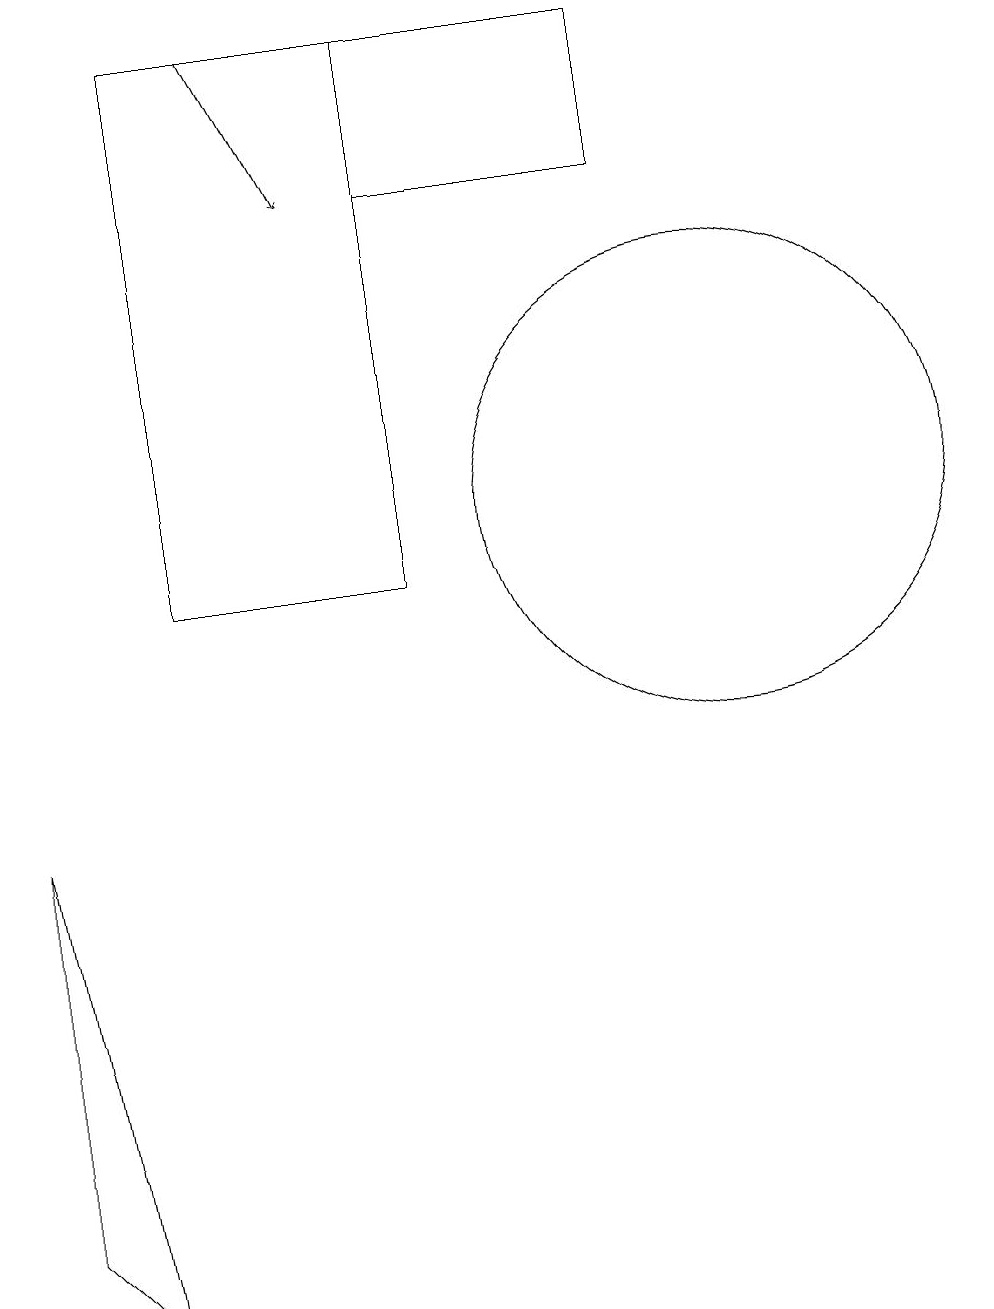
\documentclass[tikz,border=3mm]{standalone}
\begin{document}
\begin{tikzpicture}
\draw (9,17) rectangle (6,15);
\draw[->] (4,17) -- (5,15);
\draw (3,17) rectangle (6,10);
\draw (10,11) circle (3);
\draw (1,2) -- (2,1) -- (1,7) -- cycle;
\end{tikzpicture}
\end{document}